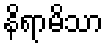
နိရာမိသာ